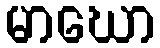
မာဃော